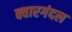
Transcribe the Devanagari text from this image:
क्वारगंदल